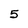
Character: 5